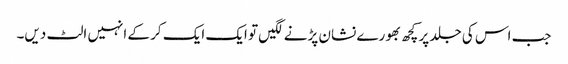
جب اس کی جلد پر کچھ بھورے نشان پڑنے لگیں تو ایک ایک کر کے انہیں الٹ دیں۔